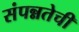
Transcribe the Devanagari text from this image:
संपन्नतेची